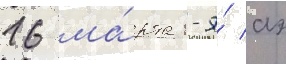
16 ма́рта 1-я́ аэ